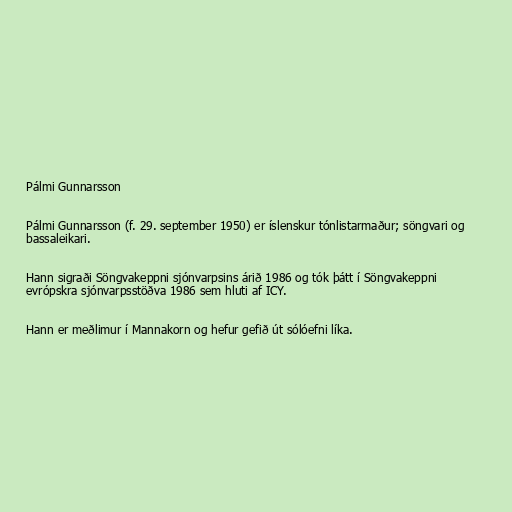
Pálmi Gunnarsson

Pálmi Gunnarsson (f. 29. september 1950) er íslenskur tónlistarmaður; söngvari og
bassaleikari.

Hann sigraði Söngvakeppni sjónvarpsins árið 1986 og tók þátt í Söngvakeppni
evrópskra sjónvarpsstöðva 1986 sem hluti af ICY.

Hann er meðlimur í Mannakorn og hefur gefið út sólóefni líka.